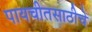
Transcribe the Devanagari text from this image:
पायचीतसाठीचे